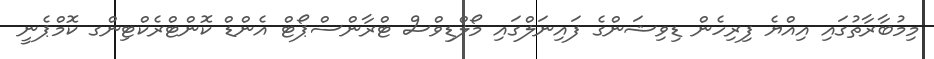
މިމުބާރާތުގައި އިއްޔެ ފިރިހެން ޑިވިޝަންގެ ފައިނަލްގައި މޯލްޑިވްސް ޓްރާންސްޕޯޓް އެންޑް ކޮންޓްރެކްޓިންގ ކޮމްޕެނީ